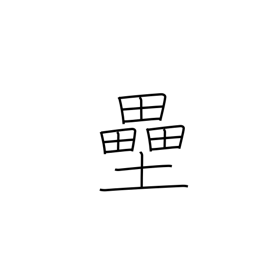
Meaning: base(ball)